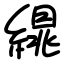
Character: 繉